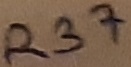
Text: R37